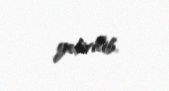
yetirilib.